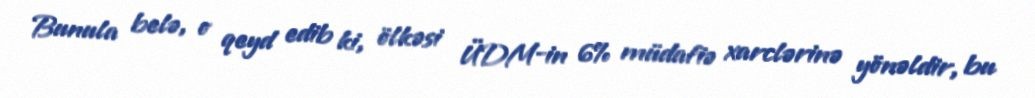
Bunula belə, o qeyd edib ki, ölkəsi ÜDM-in 6% müdafiə xarclərinə yönəldir, bu